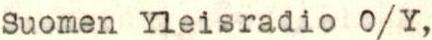
Suomen Yleisradio O/Y,